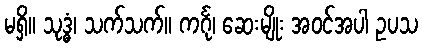
မရှိ။ သုဒ္ဓံ၊ သက်သက်။ ကင်္ဂု၊ ဆေးမျိုး အဝင်အပါ ဥပသ